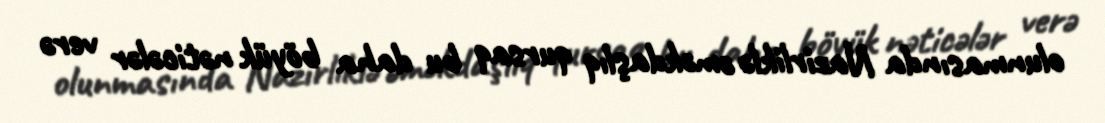
olunmasında Nazirliklə əməkdaşlıq qursaq bu daha böyük nəticələr verə